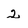
Character: 2